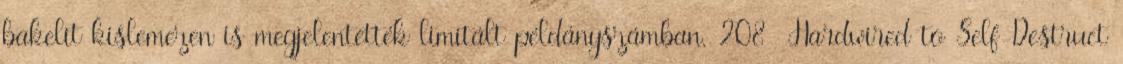
bakelit kislemezen is megjelentették limitált példányszámban. 208 Hardwired to Self-Destruct